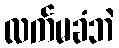
လက်မခံဘဲ